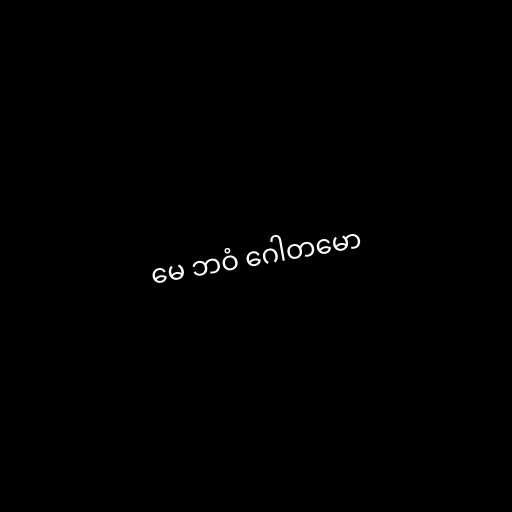
မေ ဘဝံ ဂေါတမော